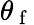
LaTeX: \theta_{\mathrm{~f~}}